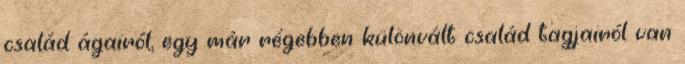
család ágairól, egy már régebben különvált család tagjairól van